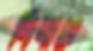
দিনাঙ্ক